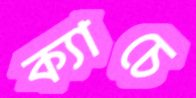
ক্যাচে